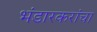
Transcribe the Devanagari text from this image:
भंडारकरांचा